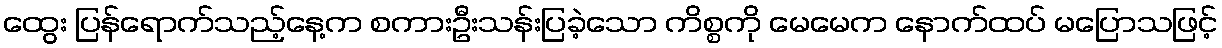
ထွေး ပြန်ရောက်သည့်နေ့က စကားဦးသန်းပြခဲ့သော ကိစ္စကို မေမေက နောက်ထပ် မပြောသဖြင့်